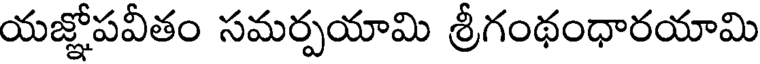
యజ్ఞోపవీతం సమర్పయామి శ్రీగంథంధారయామి